Document type: Acquittance
Year: 1296
Scribe: Jaume de Malví
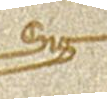
Sig